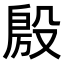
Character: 𭮴